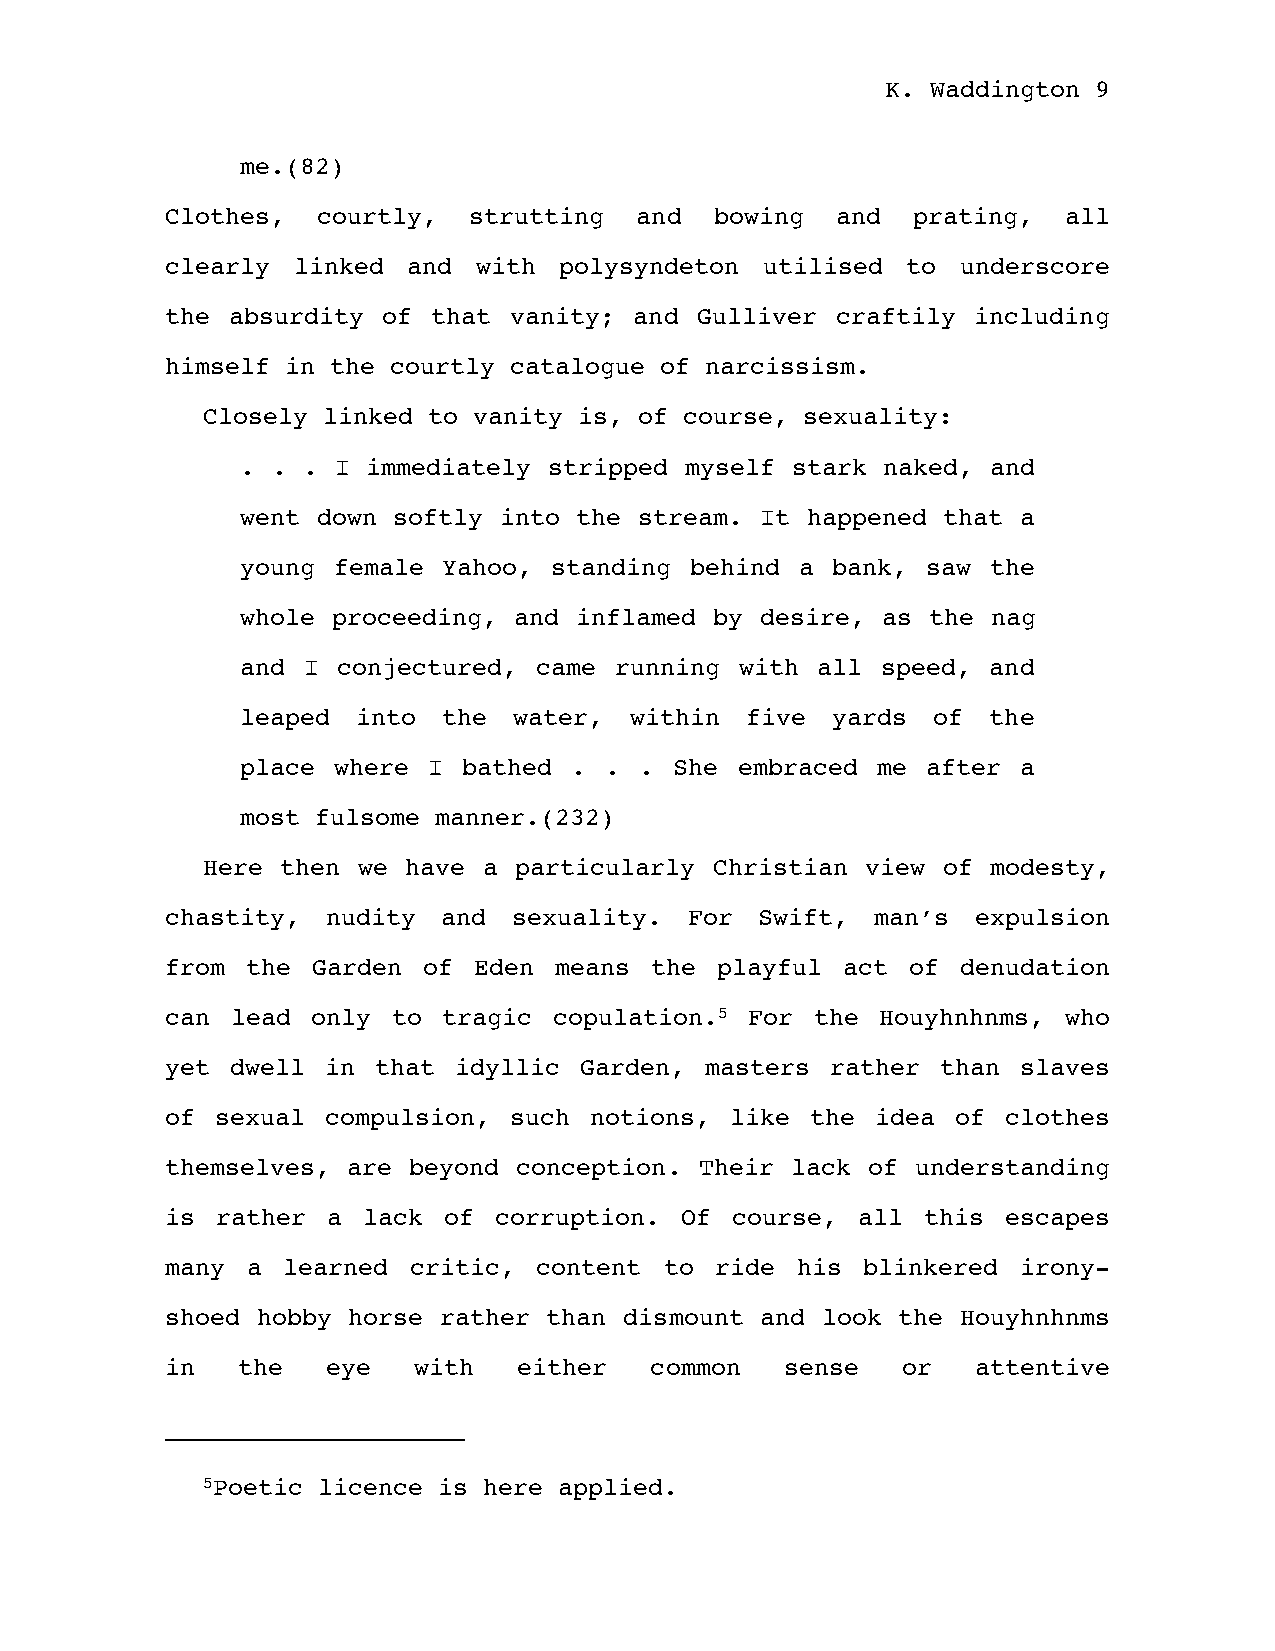
K. Waddington 9
 me.(82)
 Clothes,  courtly,  strutting  and  bowing  and  prating,  all
 clearly linked  and  with polysyndeton  utilised to  underscore
 the absurdity of  that vanity; and Gulliver craftily  including
 himself in the courtly catalogue of narcissism.
 Closely linked to vanity is, of course, sexuality:
 . . . I immediately stripped myself stark naked,  and
 went down softly into the stream. It happened that  a
 young female Yahoo, standing  behind a bank, saw  the
 whole proceeding, and inflamed by desire, as the  nag
 and I conjectured, came  running with all speed, and
 leaped  into the  water,  within five  yards  of the
 place where I  bathed . . .  She embraced me after  a
 most fulsome manner.(232)
 Here  then we have a particularly Christian view of  modesty,
 chastity,  nudity and  sexuality.  For Swift,  man’s  expulsion
 from the  Garden of Eden  means the playful  act of  denudation
 can lead  only to tragic  copulation.5 For the Houyhnhnms, who
 yet dwell  in that idyllic Garden,  masters rather than  slaves
 of sexual  compulsion, such notions, like  the idea of  clothes
 themselves, are beyond conception. Their lack of  understanding
 is rather  a lack of  corruption. Of course,  all this  escapes
 many a  learned critic,  content to ride  his blinkered  irony-
 shoed hobby horse rather than dismount and look the  Houyhnhnms
 in   the   eye  with   either   common   sense   or   attentive
 5Poetic licence is here applied.